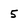
Character: 5